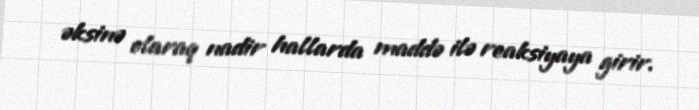
əksinə olaraq nadir hallarda maddə ilə reaksiyaya girir.